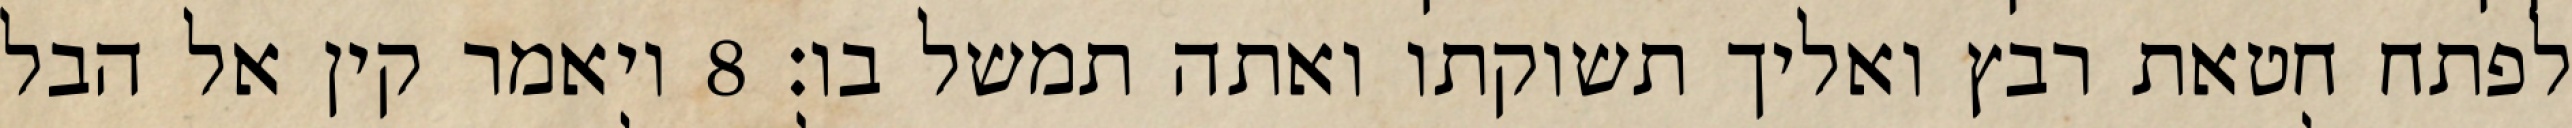
לפתח חטאת רבץ ואליך תשוקתו ואתה תמשל בו׃ ‎8‏ ויאמר קין אל הבל